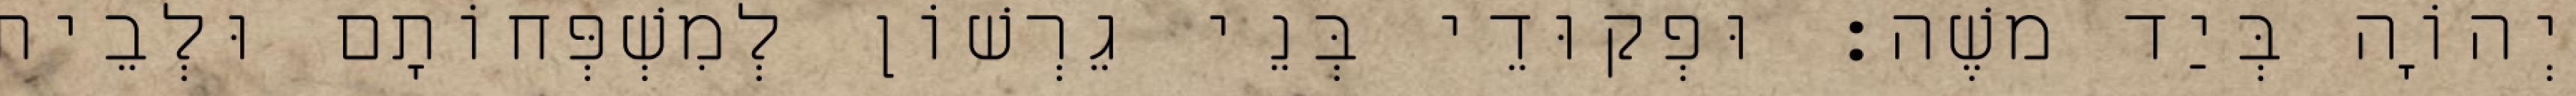
יְהוָֹה בְּיַד משֶׁה׃ וּפְקוּדֵי בְּנֵי גֵרְשׁוֹן לְמִשְׁפְּחוֹתָם וּלְבֵית